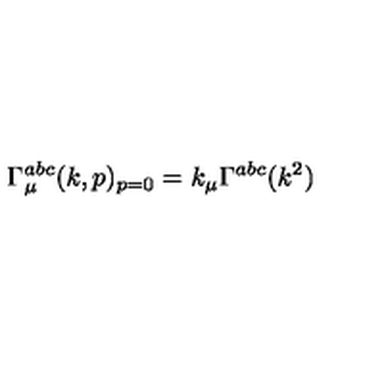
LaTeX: \Gamma _ { \mu } ^ { a b c } ( k , p ) _ { p = 0 } = k _ { \mu } \Gamma ^ { a b c } ( k ^ { 2 } )